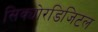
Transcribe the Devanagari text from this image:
सिक्योरडिजिटल